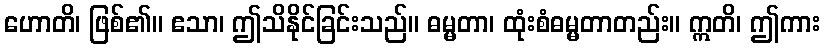
ဟောတိ၊ ဖြစ်၏။ ဧသာ၊ ဤသိနိုင်ခြင်းသည်။ ဓမ္မတာ၊ ထုံးစံဓမ္မတာတည်း။ ဣတိ၊ ဤကား